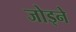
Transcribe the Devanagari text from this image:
जोड्ने